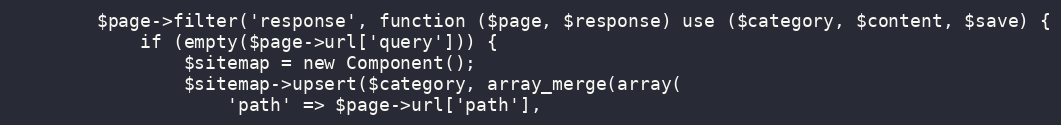
Language: PHP
        $page->filter('response', function ($page, $response) use ($category, $content, $save) {
            if (empty($page->url['query'])) {
                $sitemap = new Component();
                $sitemap->upsert($category, array_merge(array(
                    'path' => $page->url['path'],